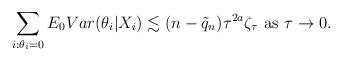
LaTeX: \begin{align*} \sum_{i:\theta_{i}=0} E_{0} Var(\theta_i|X_i) \lesssim (n-\tilde{q}_n)\tau^{2a}\zeta_{\tau} \mbox{ as } \tau \rightarrow 0. \end{align*}